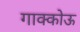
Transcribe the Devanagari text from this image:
गाक्कोऊ